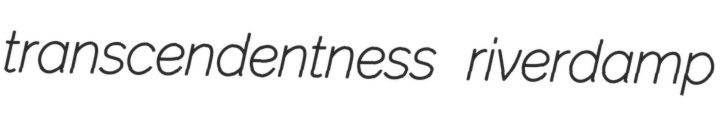
transcendentness riverdamp